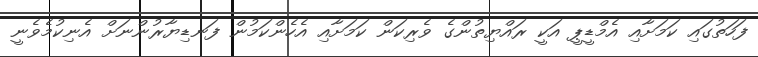
ފަހަތުގައި ކަމަށާއި އެމްޑީޕީ އަކީ ރައްޔިތުންގެ ވެރިކަން ކަމަށާއި އެހެންކަމުން ފަނޑިޔާރުންނަށް އެނިކުމެވެނީ